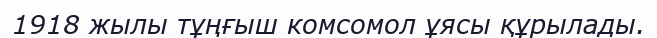
1918 жылы тұңғыш комсомол ұясы құрылады.